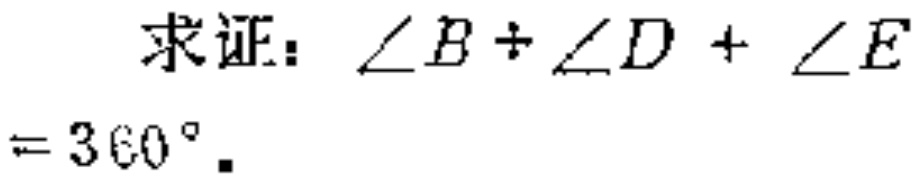
求证：\(\angle B + \angle D + \angle E = 360^{\circ}\)。